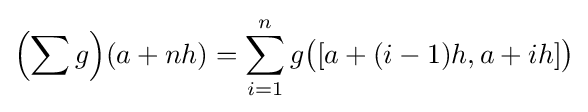
\left(\sum g\right)\!(a+nh)=\sum _{i=1}^{n}g{\big (}[a+(i-1)h,a+ih]{\big )}